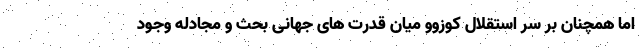
اما همچنان بر سر استقلال کوزوو میان قدرت های جهانی بحث و مجادله وجود